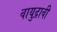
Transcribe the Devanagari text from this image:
वायुद्रावी